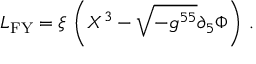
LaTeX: { \cal L } _ { \mathrm { F Y } } = \xi \, \left( X ^ { 3 } - \sqrt { - g ^ { 5 5 } } \partial _ { 5 } \Phi \right) \, .